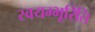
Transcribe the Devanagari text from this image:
स्वयम्भूरिति